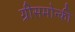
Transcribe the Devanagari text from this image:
ग्रीसमोन्की